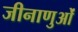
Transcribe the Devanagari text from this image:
जीनाणुओं